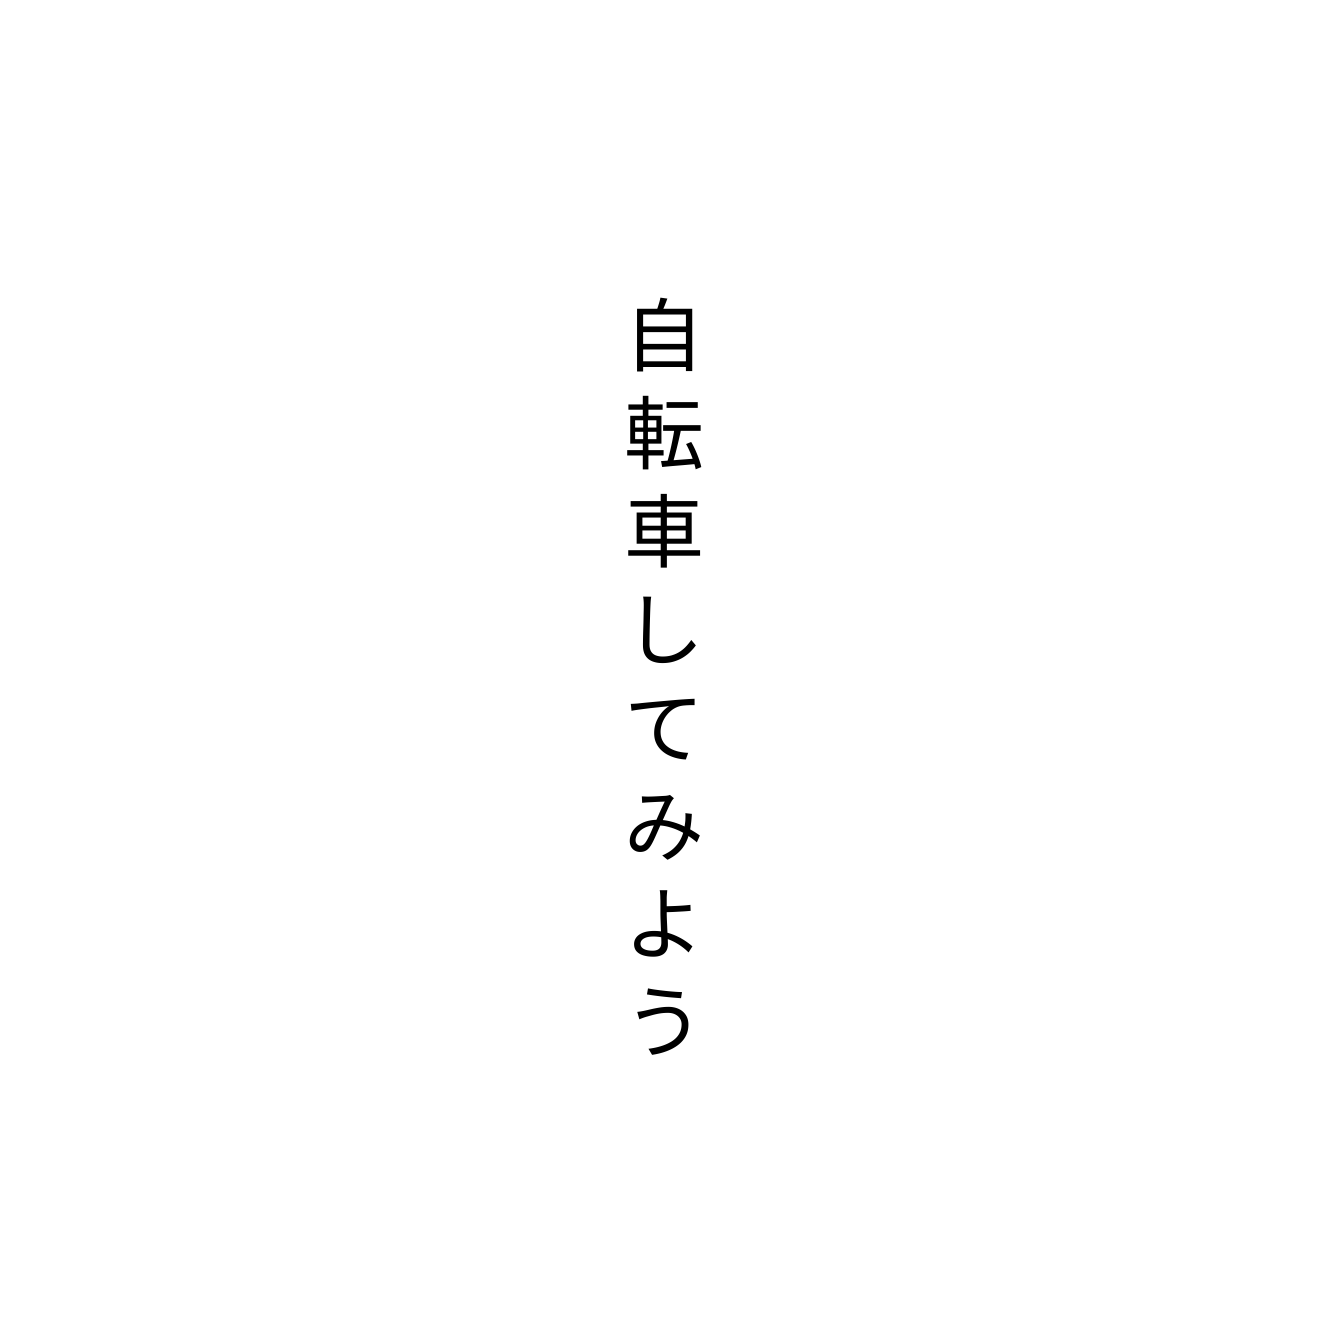
自転車してみよう